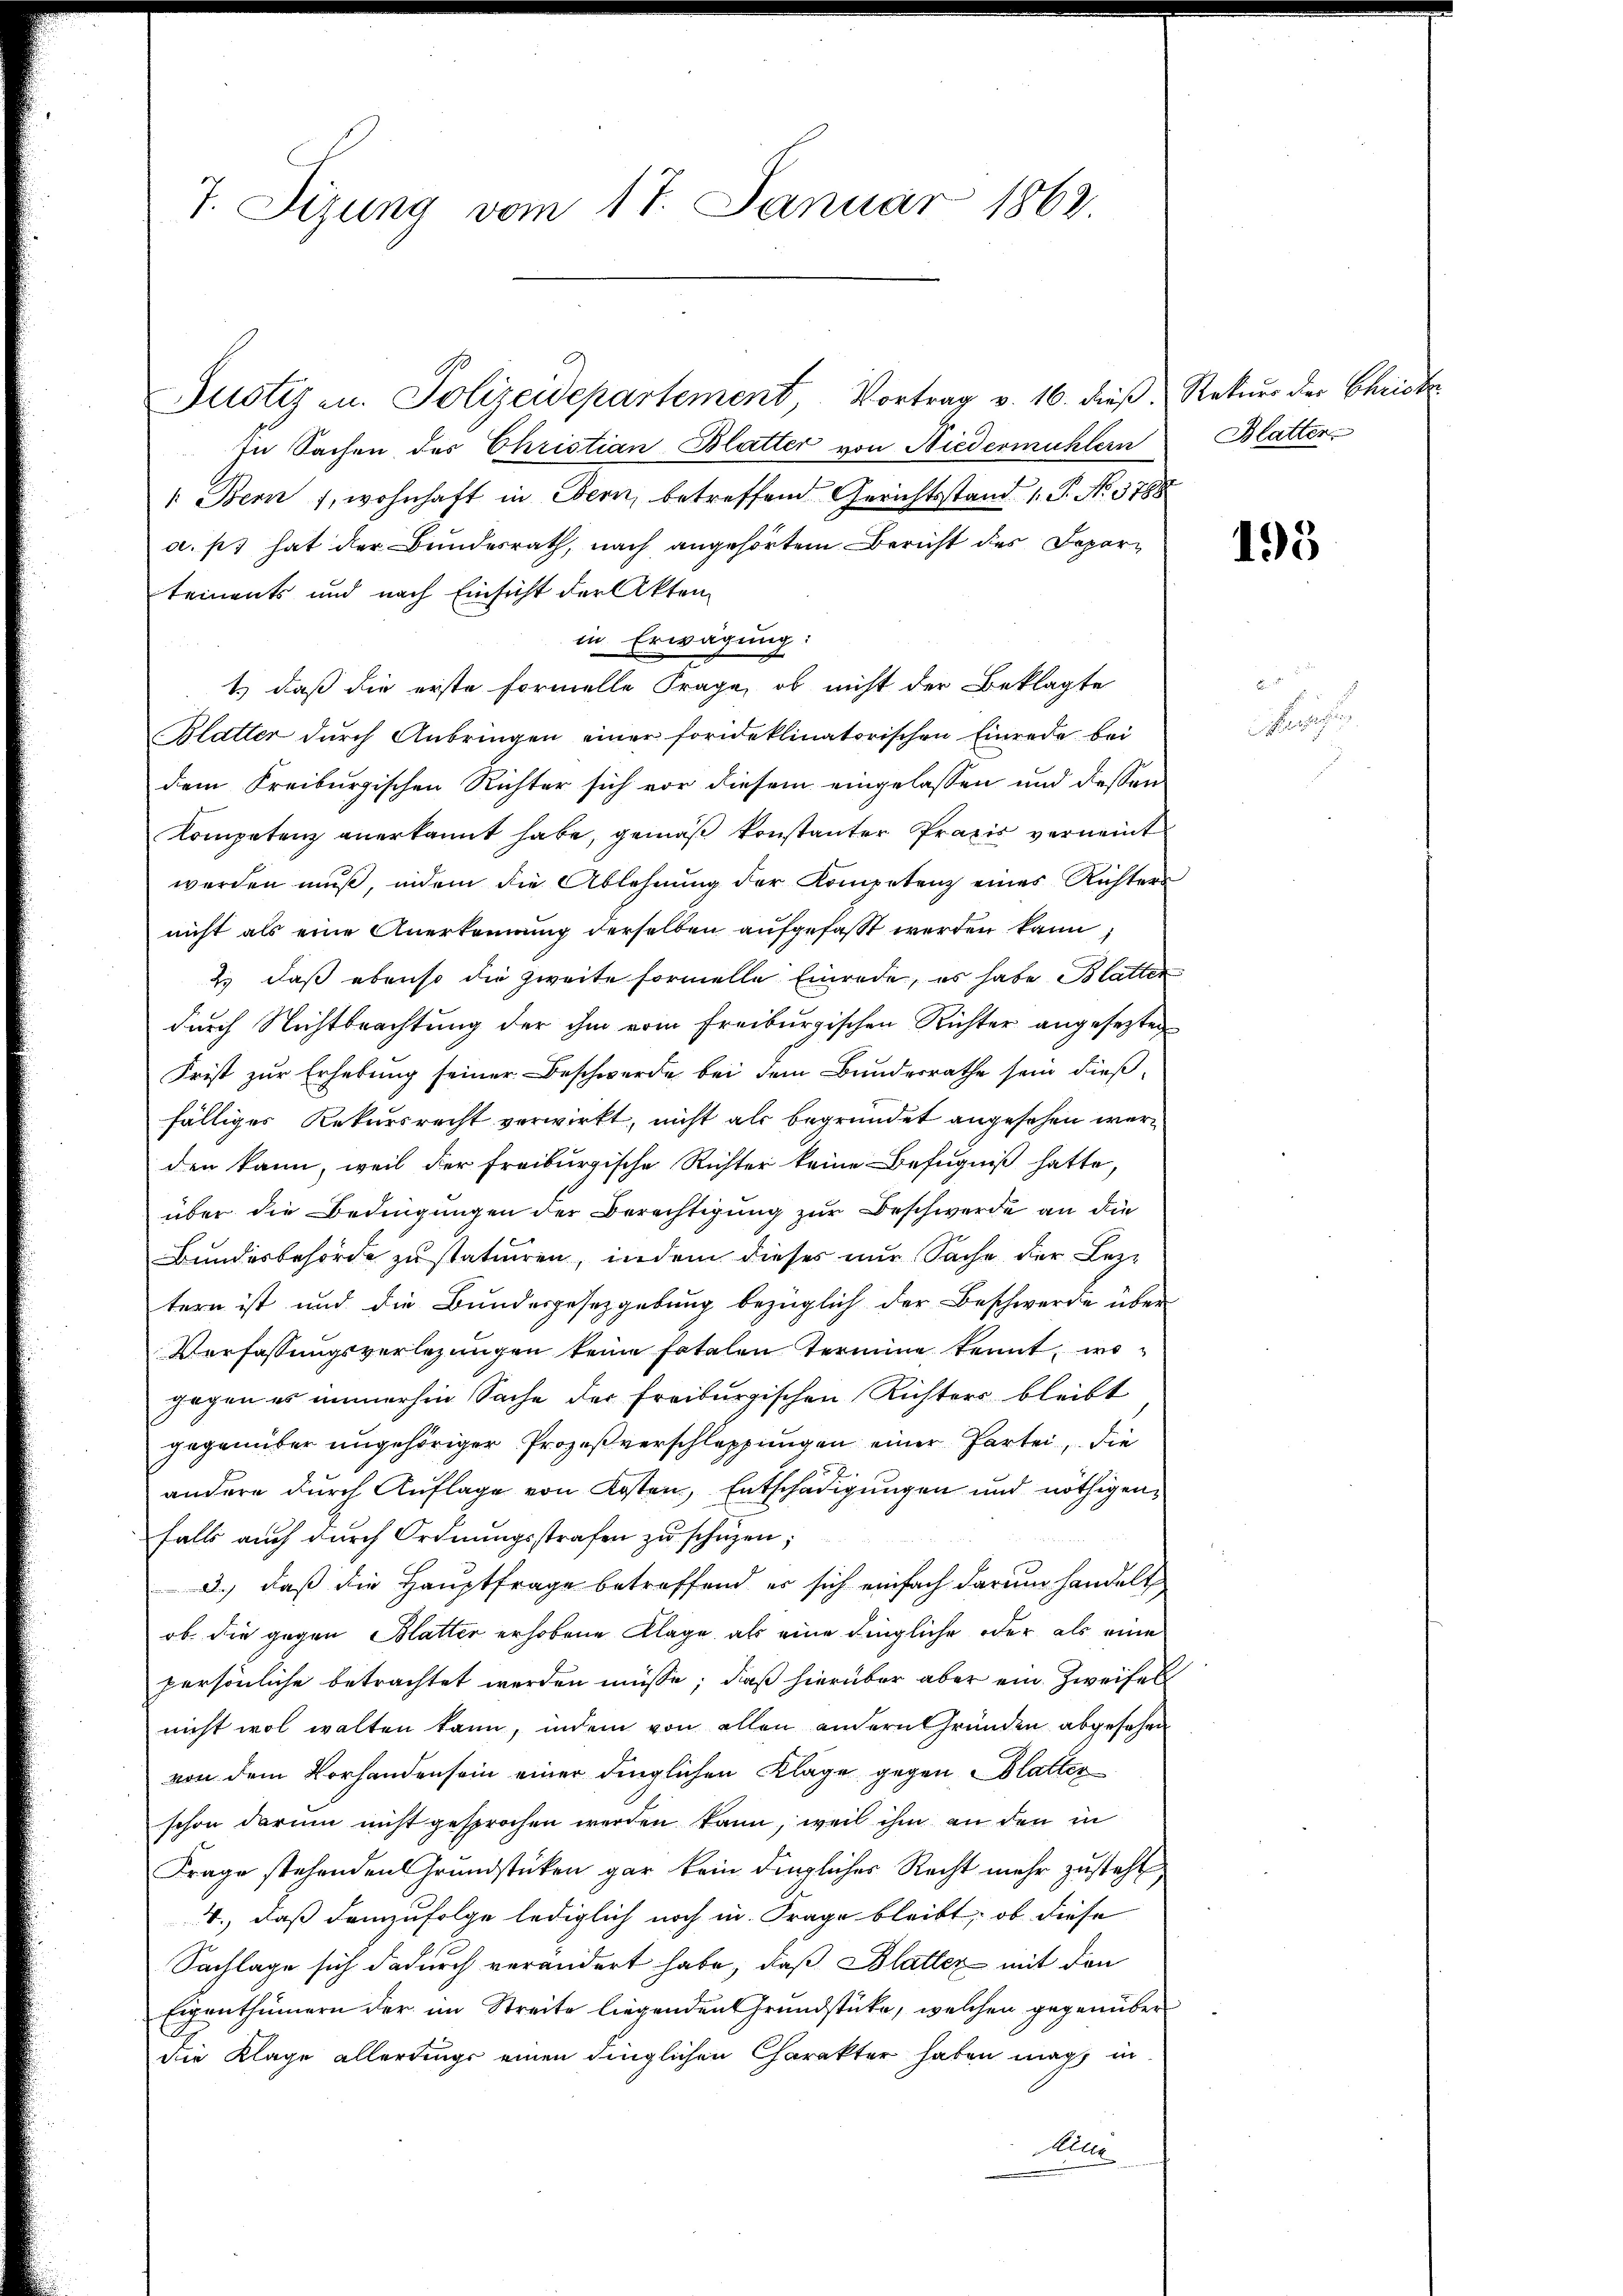
7. Sizung vom 17. Januar 1862.

In Sachen des Christian-Blatter von Niedermühlern Blatten
" Bern 1, wohnhaft in Bern, betreffend Gerichtsstand 1. P. Nr. 1788
a. p. hat der Bundesrath, nach angehörtem Bericht des Departements und nach Einsicht der Akten
in Erwägung:
1.) daß die erste formelle Frage, ob nicht der Beklagte
Blatter durch Anbringen einer forideklinatorischen Einrede bei
dem Freiburgischen Richter sich vor diesem eingelassen und dessen
Kompetenz anerkannt habe, gemäß konstanter Praxis verneint
werden muß, indem die Ablehnung der Kompetenz eines Richters
nicht als eine Anerkennung derselben aufgefaßt werden kann
2) daß ebenso die Zweite formelle Einrede, es habe Blatter
durch Nichtbrachtung der ihm vom Freiburgischen Richter angesezten
Frist zur Erhebung seiner Beschwerde bei dem Bundesrathe sein dießfälliges Rekursrecht verwirkt, nicht als begründet angesehen werden kann, weil der Freiburgische Richter keine Befugniß hatte,
über die Bedingungen der Berechtigŭng zŭr Beschwerde an die
Bundesbehörde zustatuiren, indem dieses nur Sache der Leztern ist und die Bundesgesetzgebung bezüglich der Beschwerde über
Verfassungsverlegungen keine fatalen Termine kennt, wogegen es immerhin Sache der Freiburgischen Richters bleibt
gegenüber angehöriger Prozeßverschleppungen einer Partei, die
andere durch Auflage von Kosten, Entschädigungen und nöthigen
falls auch durch Ordnungsstrafen zu schüzen;
3.) daß die Hauptfrage betreffend er sich einfach darum handelt
ob die gegen Blatter erhobene Klage als eine dingliche oder als eine
persönliche betrachtet werden müsse, daß hierüber aber ein Zweifel
nicht wol walten kann, indem von allen andern Gründen abgesehen
von dem Vorhanden sein einer dinglichen Klage gegen Blatter
schon darum nicht gesprochen werden kann, weil ihm an den in
Frage stehenden Grundstücken gar kein dingliches Recht mehr zusteht
4., daß demzufolge lediglich noch in Frage bleibt, ob diese
Sachlage sich dadurch verändert habe, daß Blatter mit den
Eigenthümern der im Streite liegenden Grundstücke, welchen gegenüber
die Klage allerdings einen dinglichen Charakter haben mag in
Alle

Justiz in Polizeidepartement, Vortrag v. 16. dieβ, Rekurs der Christe

195